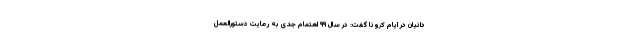
دانیان در ایام کرونا گفت: در سال ۹۹ اهتمام جدی به رعایت دستورالعمل